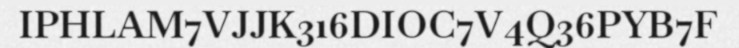
IPHLAM7VJJK316DIOC7V4Q36PYB7F